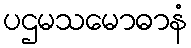
ပဌမသမောဓာနံ